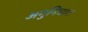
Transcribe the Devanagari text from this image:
अगुनिघाट